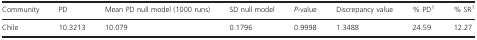
| Community | PD | Mean PD null model (1000 runs) | SD null model | P-value | Discrepancy value | % PD1 | % SR1 |
 | --- | --- | --- | --- | --- | --- | --- | --- |
 | Chile | 10.3213 | 10.079 | 0.1796 | 0.9998 | 1.3488 | 24.59 | 12.27 |